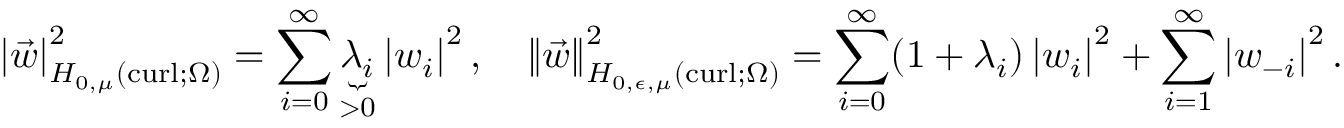
\left\lvert { \vec { w } } \right\rvert _ { H _ { 0 , \mu } ( \operatorname { c u r l } ; \Omega ) } ^ { 2 } = \sum _ { i = 0 } ^ { \infty } \underbrace { \lambda _ { i } } _ { > 0 } \left\lvert { w _ { i } } \right\rvert ^ { 2 } , \quad { \left\lVert { \vec { w } } \right\rVert } _ { H _ { 0 , \epsilon , \mu } ( \operatorname { c u r l } ; \Omega ) } ^ { 2 } = \sum _ { i = 0 } ^ { \infty } ( 1 + \lambda _ { i } ) \left\lvert { w _ { i } } \right\rvert ^ { 2 } + \sum _ { i = 1 } ^ { \infty } \left\lvert { w _ { - i } } \right\rvert ^ { 2 } .